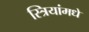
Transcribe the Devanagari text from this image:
स्त्रियांमधे